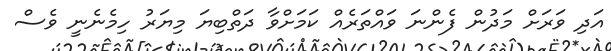
އަދި ވަރަށް މަދުން ފެންނަ ވައްތަރެއް ކަމަށްވާ ދަތްބިޔަ މިޔަރު ހިމެނެނީ ވެސް